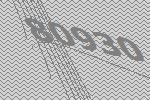
80930